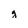
Character: g